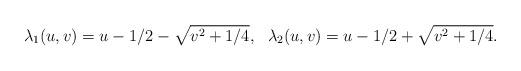
LaTeX: \begin{align*}\lambda_1(u,v)=u-1/2-\sqrt{v^2+1/4}, \ \ \lambda_2(u,v)=u-1/2+\sqrt{v^2+1/4}.\end{align*}